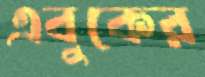
এবুকের